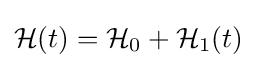
{\mathcal {H}}(t)={\mathcal {H}}_{0}+{\mathcal {H}}_{1}(t)